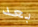
بعد